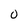
Character: O